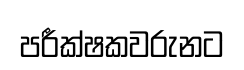
පරීක්ෂකවරුනට